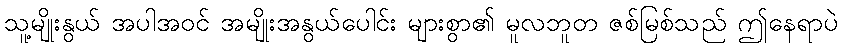
သူ့မျိုးနွယ် အပါအဝင် အမျိုးအနွယ်ပေါင်း များစွာ၏ မူလဘူတ ဇစ်မြစ်သည် ဤနေရာပဲ